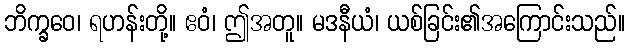
ဘိက္ခဝေ၊ ရဟန်းတို့။ ဧဝံ၊ ဤအတူ။ မဒနီယံ၊ ယစ်ခြင်း၏အကြောင်းသည်။